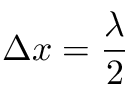
\Delta x = { \frac { \lambda } { 2 } }